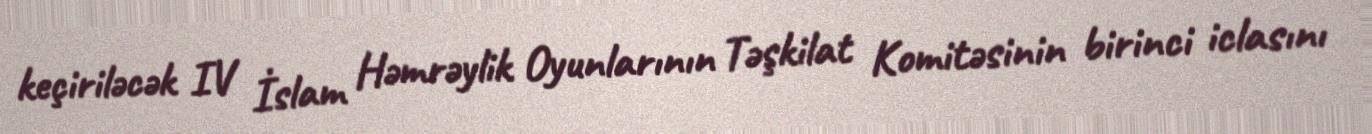
keçiriləcək IV İslam Həmrəylik Oyunlarının Təşkilat Komitəsinin birinci iclasını